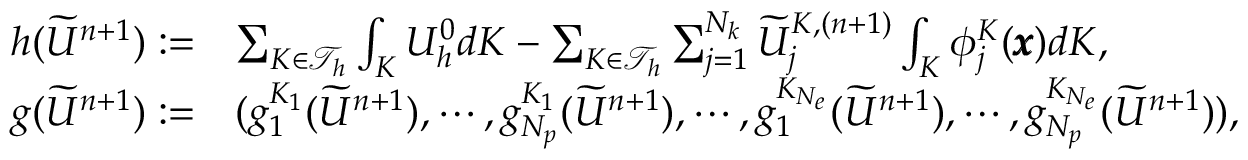
\begin{array} { r l } { h ( \widetilde { U } ^ { n + 1 } ) : = } & { \sum _ { K \in \mathcal { T } _ { h } } \int _ { K } U _ { h } ^ { 0 } d K - \sum _ { K \in \mathcal { T } _ { h } } \sum _ { j = 1 } ^ { N _ { k } } \widetilde { U } _ { j } ^ { K , ( n + 1 ) } \int _ { K } \phi _ { j } ^ { K } ( \pmb { x } ) d K , } \\ { g ( \widetilde { U } ^ { n + 1 } ) : = } & { ( g _ { 1 } ^ { K _ { 1 } } ( \widetilde { U } ^ { n + 1 } ) , \cdots , g _ { N _ { p } } ^ { K _ { 1 } } ( \widetilde { U } ^ { n + 1 } ) , \cdots , g _ { 1 } ^ { K _ { N _ { e } } } ( \widetilde { U } ^ { n + 1 } ) , \cdots , g _ { N _ { p } } ^ { K _ { N _ { e } } } ( \widetilde { U } ^ { n + 1 } ) ) , } \end{array}